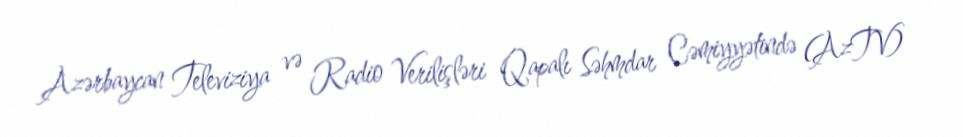
Azərbaycan Televiziya və Radio Verilişləri Qapalı Səhmdar Cəmiyyətində (AzTV)